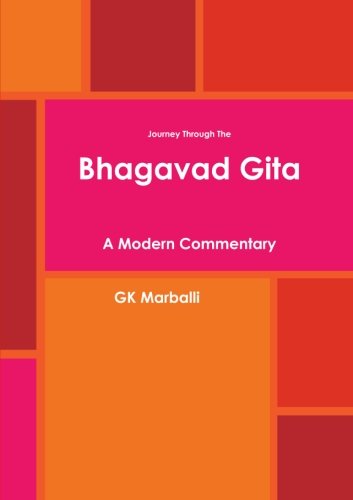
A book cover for Journey Through The Bhagavad Gita - A Modern Commentary; Gk Marballi; Religion & Spirituality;